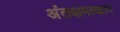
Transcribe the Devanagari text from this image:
अंतश्चमत्कार